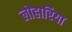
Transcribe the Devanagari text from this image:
लोहारिया